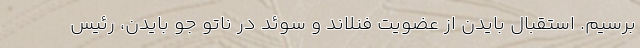
برسیم. استقبال بایدن از عضویت فنلاند و سوئد در ناتو جو بایدن، رئیس